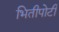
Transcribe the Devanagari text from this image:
भितीपोटी